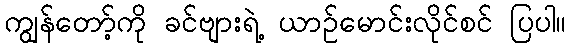
ကျွန်တော့်ကို ခင်ဗျားရဲ့ ယာဉ်မောင်းလိုင်စင် ပြပါ။